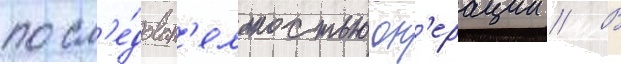
посл'е́доват'ельностью оп'ерации // В